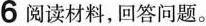
6 阅读材料，回答问题。